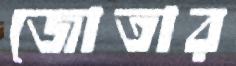
জোতার